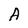
Character: A